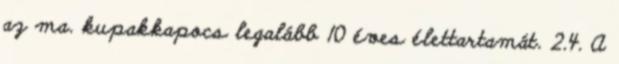
az ma. kupakkapocs legalább 10 éves élettartamát. 2.4. A